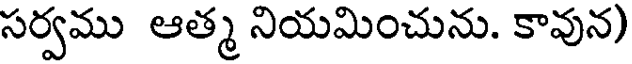
సర్వము ఆత్మ నియమించును. కావున)